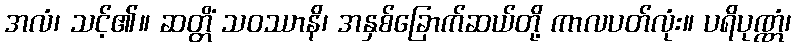
အလံ၊ သင့်၏။ ဆတ္တိံ သဝဿာနိ၊ အနှစ်ခြောက်ဆယ်တို့ ကာလပတ်လုံး။ ပရိပုဏ္ဏံ၊